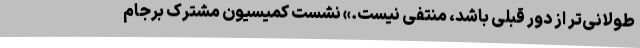
طولانی‌تر از دور قبلی باشد، منتفی نیست.» نشست کمیسیون مشترک برجام